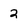
Character: 2